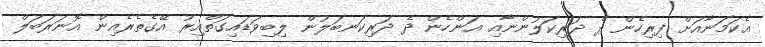
އެކަމަނާއަށް ފިރިހެން ދެ ދަރިކަލުންނާއި އަންހެން ދެ ދަރިކަނބަލުން ލިބިވަޑައިގަތްއިރު އޭގެތެރެއިން އޮނަރަބަލް